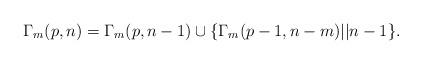
LaTeX: \begin{align*}\Gamma_m(p, n) = \Gamma_m(p, n-1) \cup \{\Gamma_m(p-1, n-m)||{n-1} \}.\end{align*}